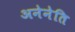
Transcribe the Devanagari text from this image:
अनेनेति